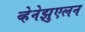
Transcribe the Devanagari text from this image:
व्हेनेझुएलन